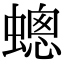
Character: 蟌